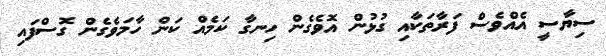
ސިޔާސީ އެއްވެސް ފަރާތަކާއި ގުޅުން އޮވެގެން ހިނގާ ކަމެއް ކަން ހާމަވެގެން ގޮސްފައި